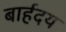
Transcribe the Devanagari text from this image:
बार्हदय